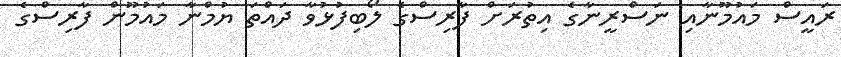
ރައީސް މައުމޫނާއި ނަސްރީނާގެ އިތުރަށް ފާރިސްގެ ލޯބިފުޅުވާ ދައްތަ ޔުމްނާ މައުމޫން ފާރިސްގެ